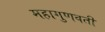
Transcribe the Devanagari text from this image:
महागुणवती